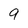
Character: 9